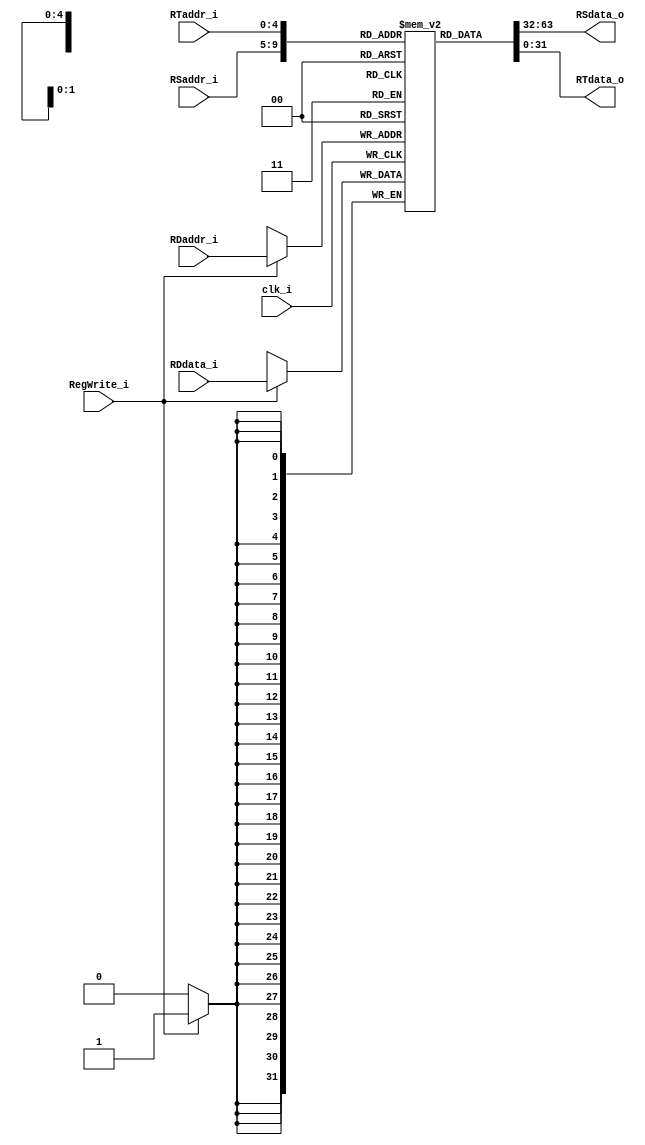
module Registers
(
    clk_i,
    RSaddr_i,
    RTaddr_i,
    RDaddr_i,
    RDdata_i,
    RegWrite_i,
    RSdata_o,
    RTdata_o
);

// Interface
input               clk_i;
input   [4:0]       RSaddr_i;
input   [4:0]       RTaddr_i;
input   [4:0]       RDaddr_i;
input   [31:0]      RDdata_i;
input               RegWrite_i;

output  [31:0]      RSdata_o;
output  [31:0]      RTdata_o;

// Register Bank
reg     [31:0]      register        [0:31];
      
// Read Data
assign  RSdata_o = register[RSaddr_i];
assign  RTdata_o = register[RTaddr_i];

// Write Data
always@(posedge clk_i) begin
    if(RegWrite_i)
        register[RDaddr_i] = RDdata_i;
end

endmodule